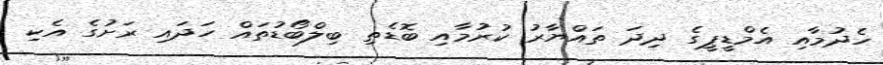
ހެދުމާއި އެމްޑީޕީގެ ދިދަ ތައްޔާރު ކުރުމާއި ބޮޑެތި ބިލްބޯޑުތައް ހަދައި ރަށުގެ އެކި